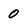
Character: 0